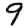
Digit: 9